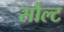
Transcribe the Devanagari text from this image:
सौल्ट